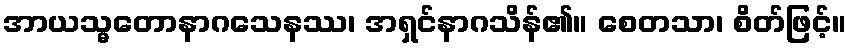
အာယသ္မတောနာဂသေနဿ၊ အရှင်နာဂသိန်၏။ စေတသာ၊ စိတ်ဖြင့်။